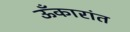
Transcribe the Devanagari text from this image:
ऊँकारांत